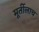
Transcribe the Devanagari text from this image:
मूर्तीलाच